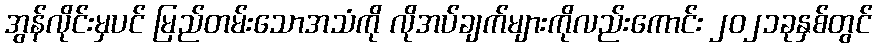
အွန်လိုင်းမှပင် မြည်တမ်းသောအသံကို လိုအပ်ချက်များကိုလည်းကောင်း ၂၀၂၁ခုနှစ်တွင်